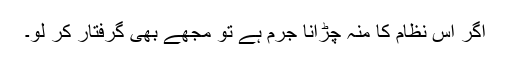
اگر اس نظام کا منہ چڑانا جرم ہے تو مجھے بھی گرفتار کر لو۔